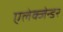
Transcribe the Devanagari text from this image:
एलेक्जेन्डर